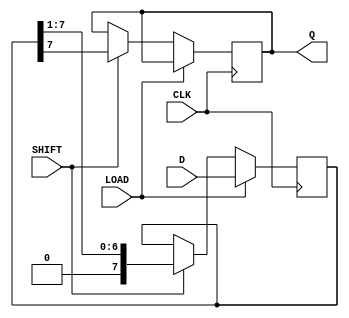
module piso_register #(
    parameter WIDTH = 8  // Parameter for the width of the data bus
)(
    input  wire [WIDTH-1:0] D,    // Parallel data input
    input  wire LOAD,               // Load control signal
    input  wire SHIFT,              // Shift control signal
    input  wire CLK,                // Clock signal
    output reg  Q                  // Serial output
);

    reg [WIDTH-1:0] shift_reg;      // Shift register array

    always @(posedge CLK) begin
        if (LOAD) begin
            // Load data in parallel when LOAD is high
            shift_reg <= D;
        end else if (SHIFT) begin
            // Shift data out serially when SHIFT is high
            Q <= shift_reg[WIDTH-1]; // Output the most significant bit
            shift_reg <= {1'b0, shift_reg[WIDTH-1:1]}; // Shift right
        end
    end

    // Optionally, you can include an asynchronous reset
    // Uncomment the following lines to add reset functionality
    // input wire RST, // Asynchronous reset signal
    // always @(posedge CLK or posedge RST) begin
    //     if (RST) begin
    //         shift_reg <= 0; // Clear the register
    //         Q <= 0; // Clear the output
    //     end else if (LOAD) begin
    //         shift_reg <= D;
    //     end else if (SHIFT) begin
    //         Q <= shift_reg[WIDTH-1];
    //         shift_reg <= {1'b0, shift_reg[WIDTH-1:1]};
    //     end
    // end

endmodule